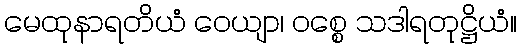
မေထုနာရတိယံ ဝေယျာ၊ ဝစ္စေ သဒါရတုဋ္ဌိယံ။